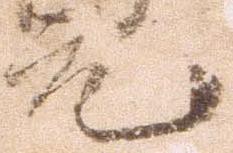
元